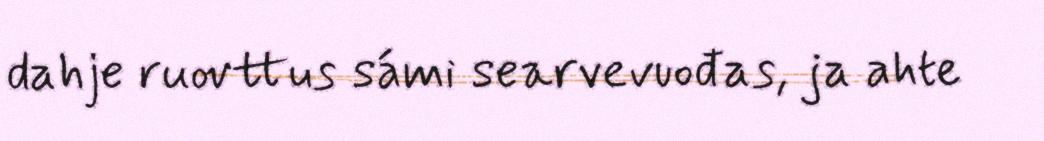
dahje ruovttus sámi searvevuođas, ja ahte